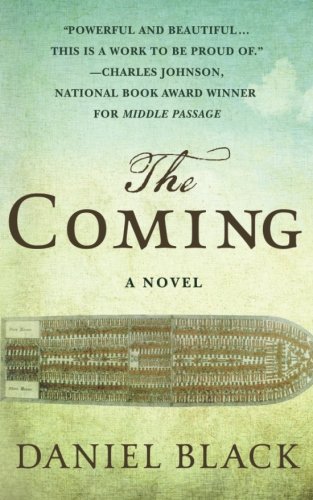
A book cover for The Coming; Daniel Black; Literature & Fiction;